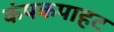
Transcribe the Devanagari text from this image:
कंपकपाहट